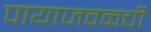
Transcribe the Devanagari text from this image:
पायाजवळची